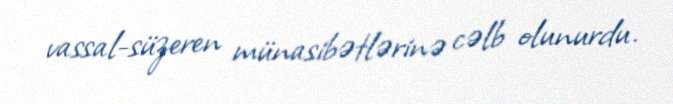
vassal-süzeren münasibətlərinə cəlb olunurdu.